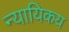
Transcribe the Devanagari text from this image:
न्यायिकय